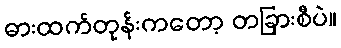
ဓားထက်တုန်းကတော့ တခြားစီပဲ။